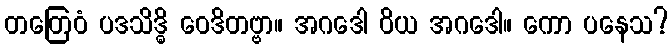
တတြေဝံ ပဒသိဒ္ဓိ ဝေဒိတဗ္ဗာ။ အဂဒေါ ဝိယ အဂဒေါ။ ကော ပနေသ?